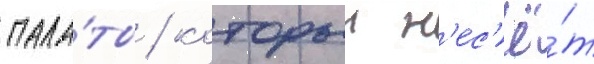
пала́ты / которыи н'ес'ё́т